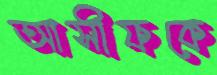
আসীফকে